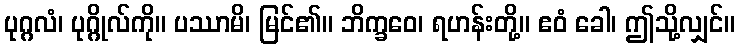
ပုဂ္ဂလံ၊ ပုဂ္ဂိုလ်ကို။ ပဿာမိ၊ မြင်၏။ ဘိက္ခဝေ၊ ရဟန်းတို့။ ဧဝံ ခေါ၊ ဤသို့လျှင်။